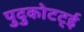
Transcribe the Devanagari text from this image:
पुदुकोटट्ई